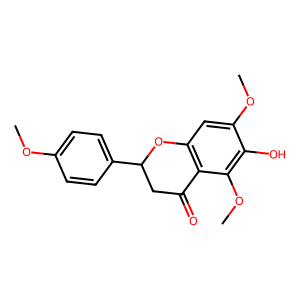
SMILES: COc1ccc(C2CC(=O)c3c(cc(OC)c(O)c3OC)O2)cc1
Inhibits HIV replication: No